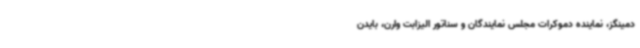
دمینگز، نماینده دموکرات مجلس نمایندگان و سناتور الیزابت وارن، بایدن